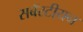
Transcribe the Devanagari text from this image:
सबॅस्टीयन